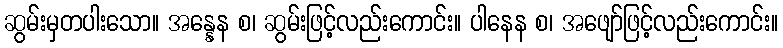
ဆွမ်းမှတပါးသော။ အန္နေန စ၊ ဆွမ်းဖြင့်လည်းကောင်း။ ပါနေန စ၊ အဖျော်ဖြင့်လည်းကောင်း။